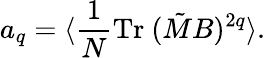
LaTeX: a_{q}=\langle{\frac{1}{N}}\mathrm{Tr}~(\tilde{M}B)^{2q}\rangle.